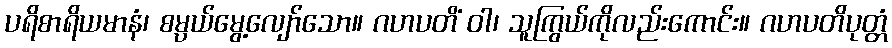
ပရိစာရိယမာနံ၊ စမ္ပယ်မွေ့လျော်သော။ ဂဟပတိံ ဝါ၊ သူကြွယ်ကိုလည်းကောင်း။ ဂဟပတိပုတ္တံ